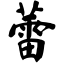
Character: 蕾